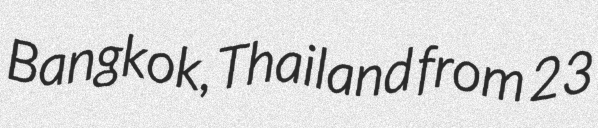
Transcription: Bangkok, Thailand from 23